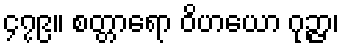
၄၇၉။ စတ္တာရော ဝိဟယော ဂုဉ္ဇာ၊